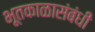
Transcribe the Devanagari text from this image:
भूतकाळासंबंधी